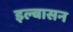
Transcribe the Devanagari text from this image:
इल्बासन